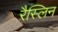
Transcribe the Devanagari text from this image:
रैस्लिन